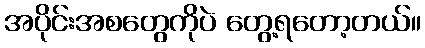
အပိုင်းအစတွေကိုပဲ တွေ့ရတော့တယ်။